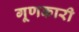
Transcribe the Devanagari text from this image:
गूणकारी